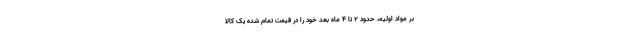
بر مواد اولیه، حدود ۲ تا ۴ ماه بعد خود را در قیمت تمام شده یک کالا